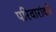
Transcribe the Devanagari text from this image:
परिवारांकडे